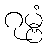
ဂုမ္ဗံ